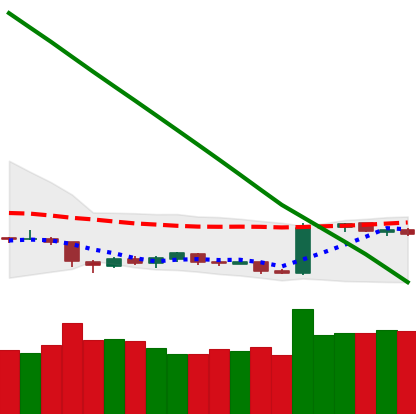
Ticker: BTC-USD
Chart end date: 2019-02-13
Forward return: 7.809%
Label: up_7plus